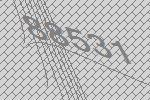
88531